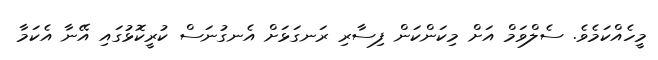
މީހެއްކަމެވެ. ސެލްވަމް އަށް މިކަންކަން ފިސާރި ރަނގަޅަށް އެނގުނަސް ކުރީކޮޅުގައި އޭނާ އެކަމާ